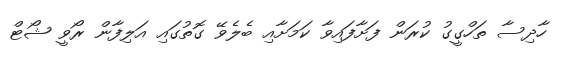
ހާދިސާ ތަހްގީގު ކުރަން ފަށާފައިވާ ކަމަށާއި ބެލެވޭ ގޮތުގައި އަލިފާން ރޯވީ ޝޯޓް